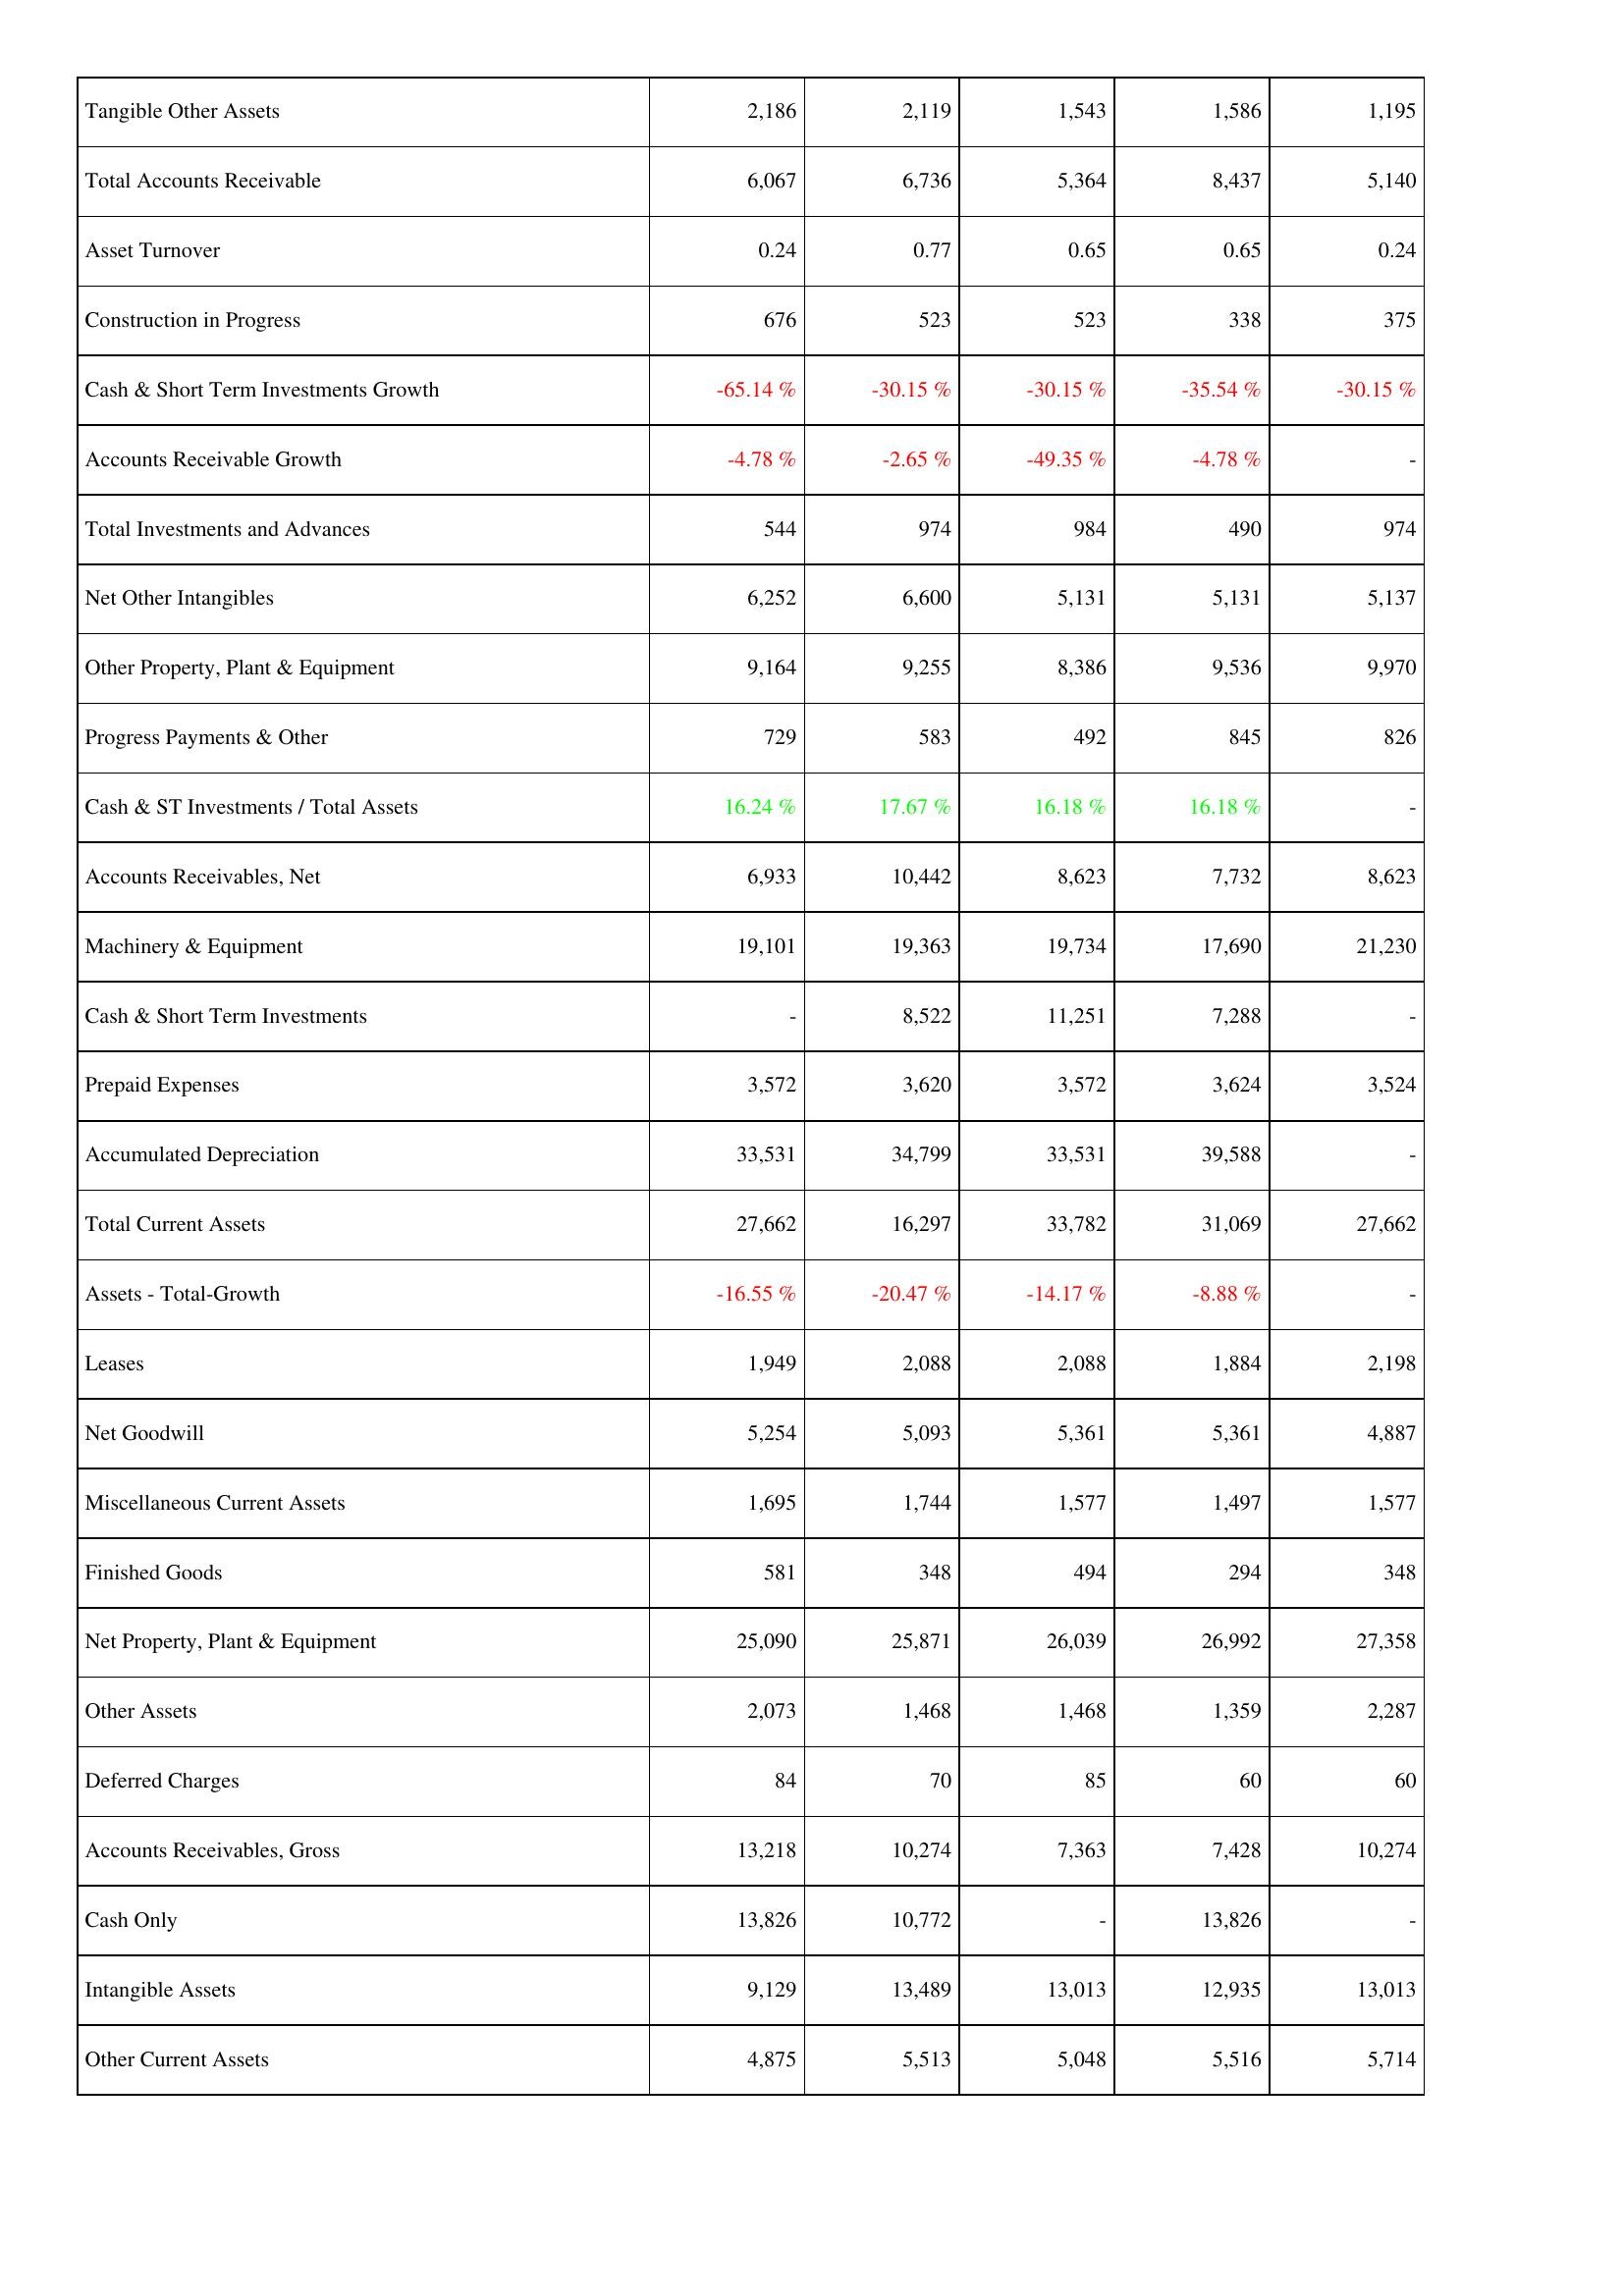
2018: Assets: Tangible Other Assets: 2,186
Total Accounts Receivable: 6,067
Asset Turnover: 0.24
Construction in Progress: 676
Cash & Short Term Investments Growth: -65.14 %
Accounts Receivable Growth: -4.78 %
Total Investments and Advances: 544
Net Other Intangibles: 6,252
Other Property, Plant & Equipment: 9,164
Progress Payments & Other: 729
Cash & ST Investments / Total Assets: 16.24 %
Accounts Receivables, Net: 6,933
Machinery & Equipment: 19,101
Cash & Short Term Investments: -
Prepaid Expenses: 3,572
Accumulated Depreciation: 33,531
Total Current Assets: 27,662
Assets - Total-Growth: -16.55 %
Leases: 1,949
Net Goodwill: 5,254
Miscellaneous Current Assets: 1,695
Finished Goods: 581
Net Property, Plant & Equipment: 25,090
Other Assets: 2,073
Deferred Charges: 84
Accounts Receivables, Gross: 13,218
Cash Only: 13,826
Intangible Assets: 9,129
Other Current Assets: 4,875
2019: Assets: Tangible Other Assets: 2,119
Total Accounts Receivable: 6,736
Asset Turnover: 0.77
Construction in Progress: 523
Cash & Short Term Investments Growth: -30.15 %
Accounts Receivable Growth: -2.65 %
Total Investments and Advances: 974
Net Other Intangibles: 6,600
Other Property, Plant & Equipment: 9,255
Progress Payments & Other: 583
Cash & ST Investments / Total Assets: 17.67 %
Accounts Receivables, Net: 10,442
Machinery & Equipment: 19,363
Cash & Short Term Investments: 8,522
Prepaid Expenses: 3,620
Accumulated Depreciation: 34,799
Total Current Assets: 16,297
Assets - Total-Growth: -20.47 %
Leases: 2,088
Net Goodwill: 5,093
Miscellaneous Current Assets: 1,744
Finished Goods: 348
Net Property, Plant & Equipment: 25,871
Other Assets: 1,468
Deferred Charges: 70
Accounts Receivables, Gross: 10,274
Cash Only: 10,772
Intangible Assets: 13,489
Other Current Assets: 5,513
2020: Assets: Tangible Other Assets: 1,543
Total Accounts Receivable: 5,364
Asset Turnover: 0.65
Construction in Progress: 523
Cash & Short Term Investments Growth: -30.15 %
Accounts Receivable Growth: -49.35 %
Total Investments and Advances: 984
Net Other Intangibles: 5,131
Other Property, Plant & Equipment: 8,386
Progress Payments & Other: 492
Cash & ST Investments / Total Assets: 16.18 %
Accounts Receivables, Net: 8,623
Machinery & Equipment: 19,734
Cash & Short Term Investments: 11,251
Prepaid Expenses: 3,572
Accumulated Depreciation: 33,531
Total Current Assets: 33,782
Assets - Total-Growth: -14.17 %
Leases: 2,088
Net Goodwill: 5,361
Miscellaneous Current Assets: 1,577
Finished Goods: 494
Net Property, Plant & Equipment: 26,039
Other Assets: 1,468
Deferred Charges: 85
Accounts Receivables, Gross: 7,363
Cash Only: -
Intangible Assets: 13,013
Other Current Assets: 5,048
2021: Assets: Tangible Other Assets: 1,586
Total Accounts Receivable: 8,437
Asset Turnover: 0.65
Construction in Progress: 338
Cash & Short Term Investments Growth: -35.54 %
Accounts Receivable Growth: -4.78 %
Total Investments and Advances: 490
Net Other Intangibles: 5,131
Other Property, Plant & Equipment: 9,536
Progress Payments & Other: 845
Cash & ST Investments / Total Assets: 16.18 %
Accounts Receivables, Net: 7,732
Machinery & Equipment: 17,690
Cash & Short Term Investments: 7,288
Prepaid Expenses: 3,624
Accumulated Depreciation: 39,588
Total Current Assets: 31,069
Assets - Total-Growth: -8.88 %
Leases: 1,884
Net Goodwill: 5,361
Miscellaneous Current Assets: 1,497
Finished Goods: 294
Net Property, Plant & Equipment: 26,992
Other Assets: 1,359
Deferred Charges: 60
Accounts Receivables, Gross: 7,428
Cash Only: 13,826
Intangible Assets: 12,935
Other Current Assets: 5,516
2022: Assets: Tangible Other Assets: 1,195
Total Accounts Receivable: 5,140
Asset Turnover: 0.24
Construction in Progress: 375
Cash & Short Term Investments Growth: -30.15 %
Accounts Receivable Growth: -
Total Investments and Advances: 974
Net Other Intangibles: 5,137
Other Property, Plant & Equipment: 9,970
Progress Payments & Other: 826
Cash & ST Investments / Total Assets: -
Accounts Receivables, Net: 8,623
Machinery & Equipment: 21,230
Cash & Short Term Investments: -
Prepaid Expenses: 3,524
Accumulated Depreciation: -
Total Current Assets: 27,662
Assets - Total-Growth: -
Leases: 2,198
Net Goodwill: 4,887
Miscellaneous Current Assets: 1,577
Finished Goods: 348
Net Property, Plant & Equipment: 27,358
Other Assets: 2,287
Deferred Charges: 60
Accounts Receivables, Gross: 10,274
Cash Only: -
Intangible Assets: 13,013
Other Current Assets: 5,714